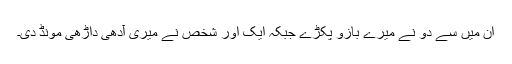
اُن میں سے دو نے میرے بازو پکڑے جبکہ ایک اور شخص نے میری آدھی داڑھی مونڈ دی۔